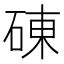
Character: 𥓝